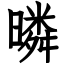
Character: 暽